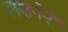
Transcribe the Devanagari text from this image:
लक्षनेने